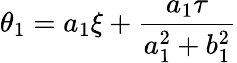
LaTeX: \theta_{1}=a_{1}\xi+\frac{a_{1}\tau}{a_{1}^{2}+b_{1}^{2}}